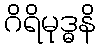
ဂိရိမုဒ္ဓနိ